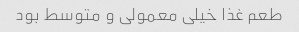
طعم غذا خیلی معمولی و متوسط بود